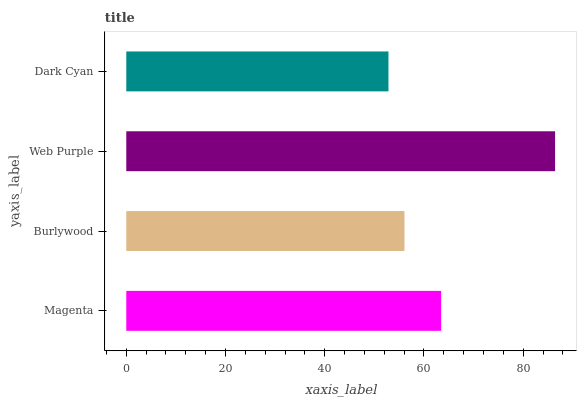
| yaxis_label | bars |
 | --- | --- |
 | Magenta | 63.5 |
 | Burlywood | 56.1 |
 | Web Purple | 86.4 |
 | Dark Cyan | 52.8 |